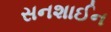
સનશાઈન